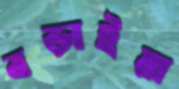
বড়াইয়া